Relation of titanus [i.e. tetanus] to the hypodermic or intramuscular injection of quinine - Number 43
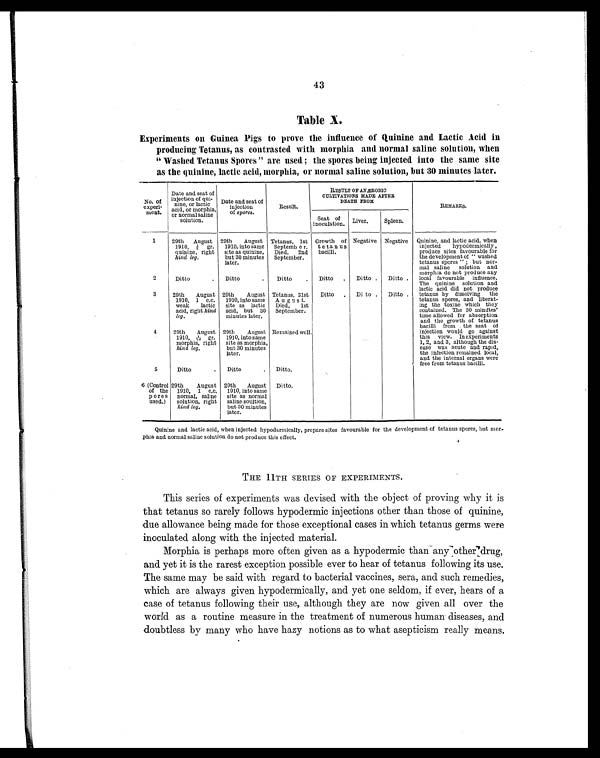
43
Table X.
Experiments on Guinea Pigs to prove the influence of Quinine and Lactic Acid in
producing Tetanus, as contrasted with morphia and normal saline solution, when
" Washed Tetanus Spores " are used ; the spores being injected into the same site
as the quinine, lactic acid, morphia, or normal saline solution, but 30 minutes later.
No. of
experi- ment.
Date and seat of
injection of qui-
nine, or lactic
acid, or morphia,
or normal saline
solution.
Date and seat of
injection of spores.
Result.
RESULT OF ANÆROBI O
CULTIVATIONS MADE AFTER
DEATH FROM
REMARKS.
Seat of
inoculation. Liver. Spleen.
1 29th August
1910, ½ gr.
quinine, right
hind leg.
29th August
1910, into same
site as quinine,
but 30 minutes
later.
Tetanus, 1st
September. Died, 2nd
September.
Growth of
tetanus bacilli.
Negative Negative Quinine, and lactic acid, when
injected hypodermically,
produce sites favourable for
the development of " washed
tetanus spores " ; but nor-
mal saline solution and
morphia do not produce any
local favourable influence.
The quinine solution and
lactic acid did not produce
tetanus by dissolving the
tetanus spores, and liberat-
ing the toxine which they
contained. The 30 minutes'
time allowed for absorption
and the growth of tetanus
bacilli from the seat of
injection would go against
this view. In experiments
1, 2, and 3, although the dis-
ease was acute and rapid,
the infection remained local,
and the internal organs were
free from tetanus bacilli.
2
Ditto
. Ditto
. Ditto . Ditto . Ditto . Ditto .
3 29th August
1910, 1 c.c.
weak lactic
acid, right hind
leg.
29th August
1910, into same
site as lactic
acid, but 30
minutes later.
Tetanus, 31st
August. Died, 1st
September.
Ditto . Di to . Ditto .
4 29th August
1910, 1/20 gr.
morphia, right
hind leg.
29th August
1910, into same
site as morphia,
but 30 minutes
later.
Remained well.
5
Ditto
. Ditto
. Ditto.
6 (Control of the
pores used.)
29th August
1910, 1 c.c.
normal, saline
solution, right
hind leg.
29th August
1910, into same
site as normal
saline soultion,
but 30 minutes
later.
Ditto.
Quinine and lactic acid, when injected hypodermically, prepare sites favourable for the development of tetanus spores, but mor-
phia and normal saline solution do not produce this effect.
THE 11TH SERIES OF EXPERIMENTS.
This series of experiments was devised with the object of proving why it is
that tetanus so rarely follows hypodermic injections other than those of quinine,
due allowance being made for those exceptional cases in which tetanus germs were
inoculated along with the injected material.
Morphia is perhaps more often given as a hypodermic than any other drug,
and yet it is the rarest exception possible ever to hear of tetanus following its use.
The same may be said with regard to bacterial vaccines, sera, and such remedies,
which are always given hypodermically, and yet one seldom, if ever, hears of a
case of tetanus following their use, although they are now given all over the
world as a routine measure in the treatment of numerous human diseases, and
doubtless by many who have hazy notions as to what asepticism really means.